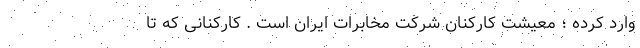
وارد کرده ؛ معیشت کارکنان شرکت مخابرات ایران است . کارکنانی که تا